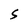
Character: s